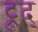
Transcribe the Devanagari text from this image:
ट्रुद्